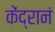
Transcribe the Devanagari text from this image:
केंद्रानं